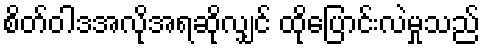
စိတ်ဝါဒအလိုအရဆိုလျှင် ထိုပြောင်းလဲမှုသည်